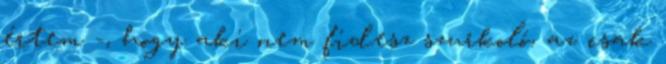
értem -, hogy aki nem fidesz szurkoló, az csak